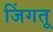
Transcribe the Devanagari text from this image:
जिंगतू